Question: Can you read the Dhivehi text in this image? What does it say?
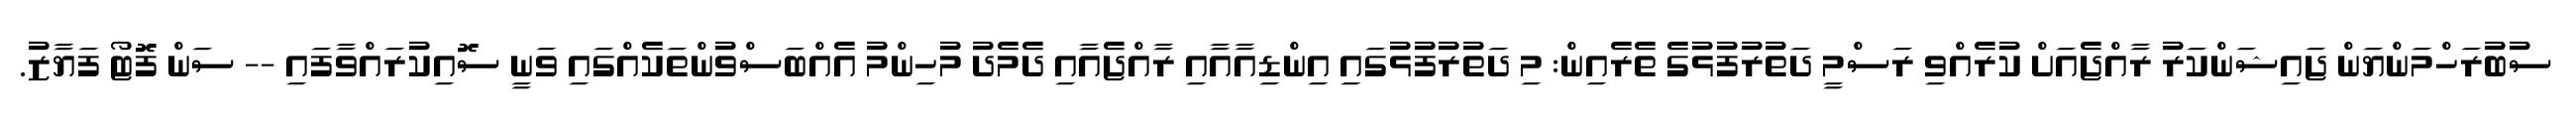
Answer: ސުބުރަހްމަންޔަން ޖައިޝަންކަރު ރާއްޖެއަށް ކުރެއްވި ރަސްމީ ދަތުރުފުޅުގެ ތެރެއިން: މި ދަތުރުފުޅުގައި އިންޑިއާއާއި ރާއްޖެއާއި ދެމެދު މުހިންމު އެއްބަސްވުންތަކެއްގައި ވަނީ ސޮއިކުރައްވާފައި -- ސަން ފޮޓޯ ފަޔާޒު.